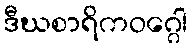
ဒီဃစာရိကဝဂ္ဂေါ